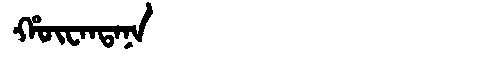
Manchu: ᡥᡡᠸᠠᠨᡨᠠᠨᠠ
Romanization: HŪWANTANA